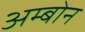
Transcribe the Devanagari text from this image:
अम्बोन